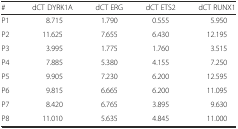
<table><thead><tr><td><b>#</b></td><td><b>dCT DYRK1A</b></td><td><b>dCT ERG</b></td><td><b>dCT ETS2</b></td><td><b>dCT RUNX1</b></td></tr></thead><tbody><tr><td>P1</td><td>8.715</td><td>1.790</td><td>0.555</td><td>5.950</td></tr><tr><td>P2</td><td>11.625</td><td>7.655</td><td>6.430</td><td>12.195</td></tr><tr><td>P3</td><td>3.995</td><td>1.775</td><td>1.760</td><td>3.515</td></tr><tr><td>P4</td><td>7.885</td><td>5.380</td><td>4.155</td><td>7.250</td></tr><tr><td>P5</td><td>9.905</td><td>7.230</td><td>6.200</td><td>12.595</td></tr><tr><td>P6</td><td>9.815</td><td>6.665</td><td>6.200</td><td>11.095</td></tr><tr><td>P7</td><td>8.420</td><td>6.765</td><td>3.895</td><td>9.630</td></tr><tr><td>P8</td><td>11.010</td><td>5.635</td><td>4.845</td><td>11.000</td></tr></tbody></table>